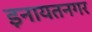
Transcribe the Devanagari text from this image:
इनायतनगर